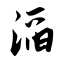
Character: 滔